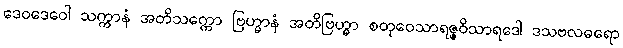
ဒေဝဒေဝေါ သက္ကာနံ အတိသက္ကော ဗြဟ္မာနံ အတိဗြဟ္မာ စတုဝေသာရဇ္ဇဝိသာရဒေါ ဒသဗလဓရော